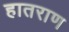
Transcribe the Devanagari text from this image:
हातराण